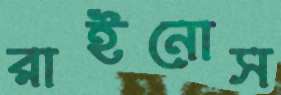
রাইনোস